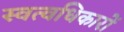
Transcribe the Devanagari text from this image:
स्वत्वधिकारों